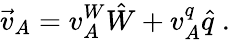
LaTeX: \vec{v}_{A}=v_{A}^{W}\hat{W}+v_{A}^{q}\hat{q}\; .